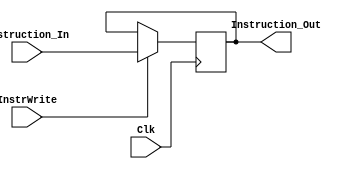
`timescale 1ns / 1ps
//////////////////////////////////////////////////////////////////////////////////
// Company: 
// Engineer: 
// 
// Design Name: 
// Module Name:    InstructionRegister 
// Project Name: 
// Target Devices: 
// Tool versions: 
// Description: 
//
// Dependencies: 
//
// Revision: 
// Revision 0.01 - File Created
// Additional Comments: 
//
//////////////////////////////////////////////////////////////////////////////////
module InstructionRegister(
    input [15:0] Instruction_In,
    input Clk,
	 input InstrWrite,
    output reg [15:0] Instruction_Out
    );

	
	
	always@(posedge Clk) begin
		if (InstrWrite)
			Instruction_Out <= Instruction_In;
	end
	
endmodule